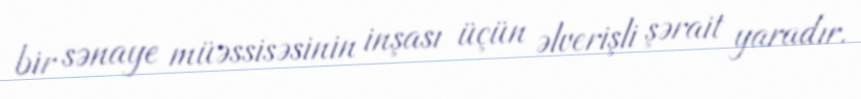
bir sənaye müəssisəsinin inşası üçün əlverişli şərait yaradır.